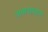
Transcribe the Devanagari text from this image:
अश्वचालन